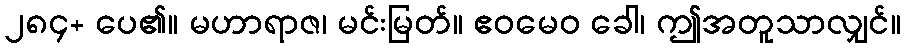
၂၈၄+ ပေ၏။ မဟာရာဇ၊ မင်းမြတ်။ ဧဝမေဝ ခေါ၊ ဤအတူသာလျှင်။